Civil Veterinary Dept. North-West Frontier Province 1901-22 - 1901-1922
Year: 1901
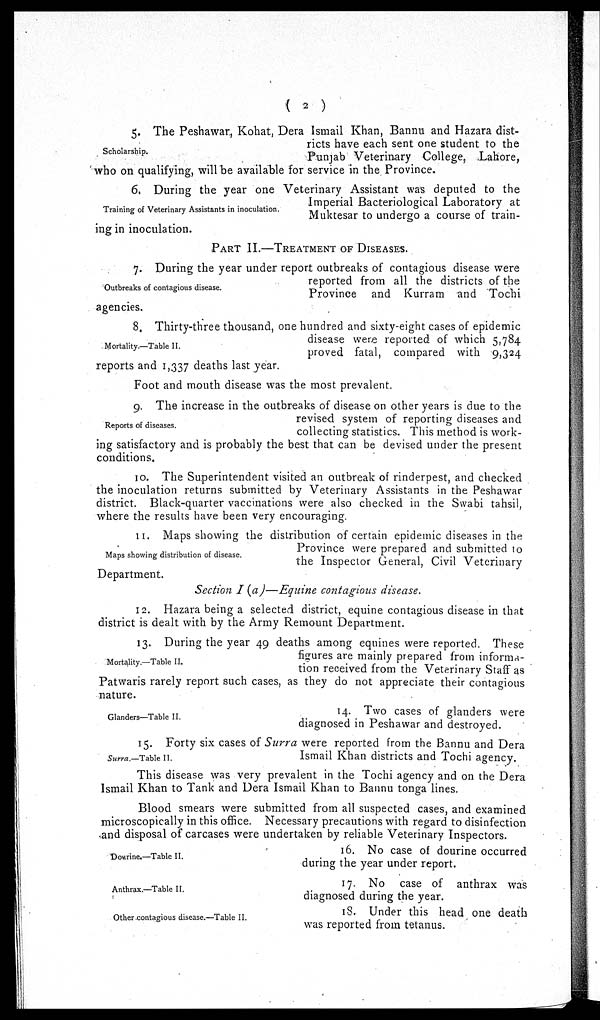
(2)
Scholarship.
5. The Peshawar, Kohat, Dera Ismail Khan, Bannu and Hazara dist-
ricts have each sent one student to the
Punjab Veterinary College, Lahore,
who on qualifying, will be available for service in the Province.
Training of Veterinary Assistants in inoculation.
6. During the year one Veterinary Assistant was deputed to the
Imperial Bacteriological Laboratory at
Muktesar to undergo a course of train-
ing in inoculation.
PART II.-TREATMENT OF DISEASES.
Outbreaks of contagious disease.
7. During the year under report outbreaks of contagious disease were
reported from all the districts of the
Province and Kurram and Tochi
agencies.
Mortality.—Table II.
8. Thirty-three thousand, one hundred and sixty-eight cases of epidemic
disease were reported of which 5,784
proved fatal, compared with 9,324
reports and 1,337 deaths last year.
Foot and mouth disease was the most prevalent.
Reports of diseases.
9. The increase in the outbreaks of disease on other years is due to the
revised system of reporting diseases and
collecting statistics. This method is work-
ing satisfactory and is probably the best that can be devised under the present
conditions.
10. The Superintendent visited an outbreak of rinderpest, and checked
the inoculation returns submitted by Veterinary Assistants in the Peshawar
district. Black-quarter vaccinations were also checked in the Swabi tahsil,
where the results have been very encouraging.
Maps showing distribution of disease.
11. Maps showing the distribution of certain epidemic diseases in the
Province were prepared and submitted to
the Inspector General, Civil Veterinary
Department.
Section I (a)—Equine contagious disease.
12. Hazara being a selected district, equine contagious disease in that
district is dealt with by the Army Remount Department.
Mortality.—Table II.
13. During the year 49 deaths among equines were reported. These
figures are mainly prepared from informa-
tion received from the Veterinary Staff as
Patwaris rarely report such cases, as they do not appreciate their contagious
nature.
Glanders—Table II.
14. Two cases of glanders were
diagnosed in Peshawar and destroyed.
Surra.—Table II.
15. Forty six cases of Surra were reported from the Bannu and Dera
Ismail Khan districts and Tochi agency.
This disease was very prevalent in the Tochi agency and on the Dera
Ismail Khan to Tank and Dera Ismail Khan to Bannu tonga lines.
Blood smears were submitted from all suspected cases, and examined
microscopically in this office. Necessary precautions with regard to disinfection
and disposal of carcases were undertaken by reliable Veterinary Inspectors.
Dourine.—Table II.
16. No case of dourine occurred
during the year under report.
Anthrax.—Table II.
17. No case of anthrax was
diagnosed during the year.
Other contagious disease.—Table II.
18. Under this head one death
was reported from tetanus.